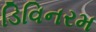
ડિવિનરમ